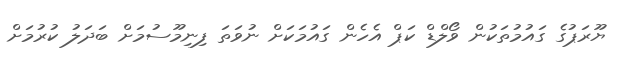
ޔޫރަޕުގެ ގައުމުތަކުން ވޯލްޑް ކަޕް އެހެން ގައުމަކަށް ނުވަތަ ފިނިމޫސުމަށް ބަދަލު ކުރުމަށް